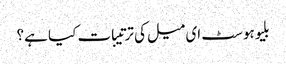
بلیوہوسٹ ای میل کی ترتیبات کیا ہے؟